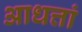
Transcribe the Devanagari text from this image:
आधत्तां